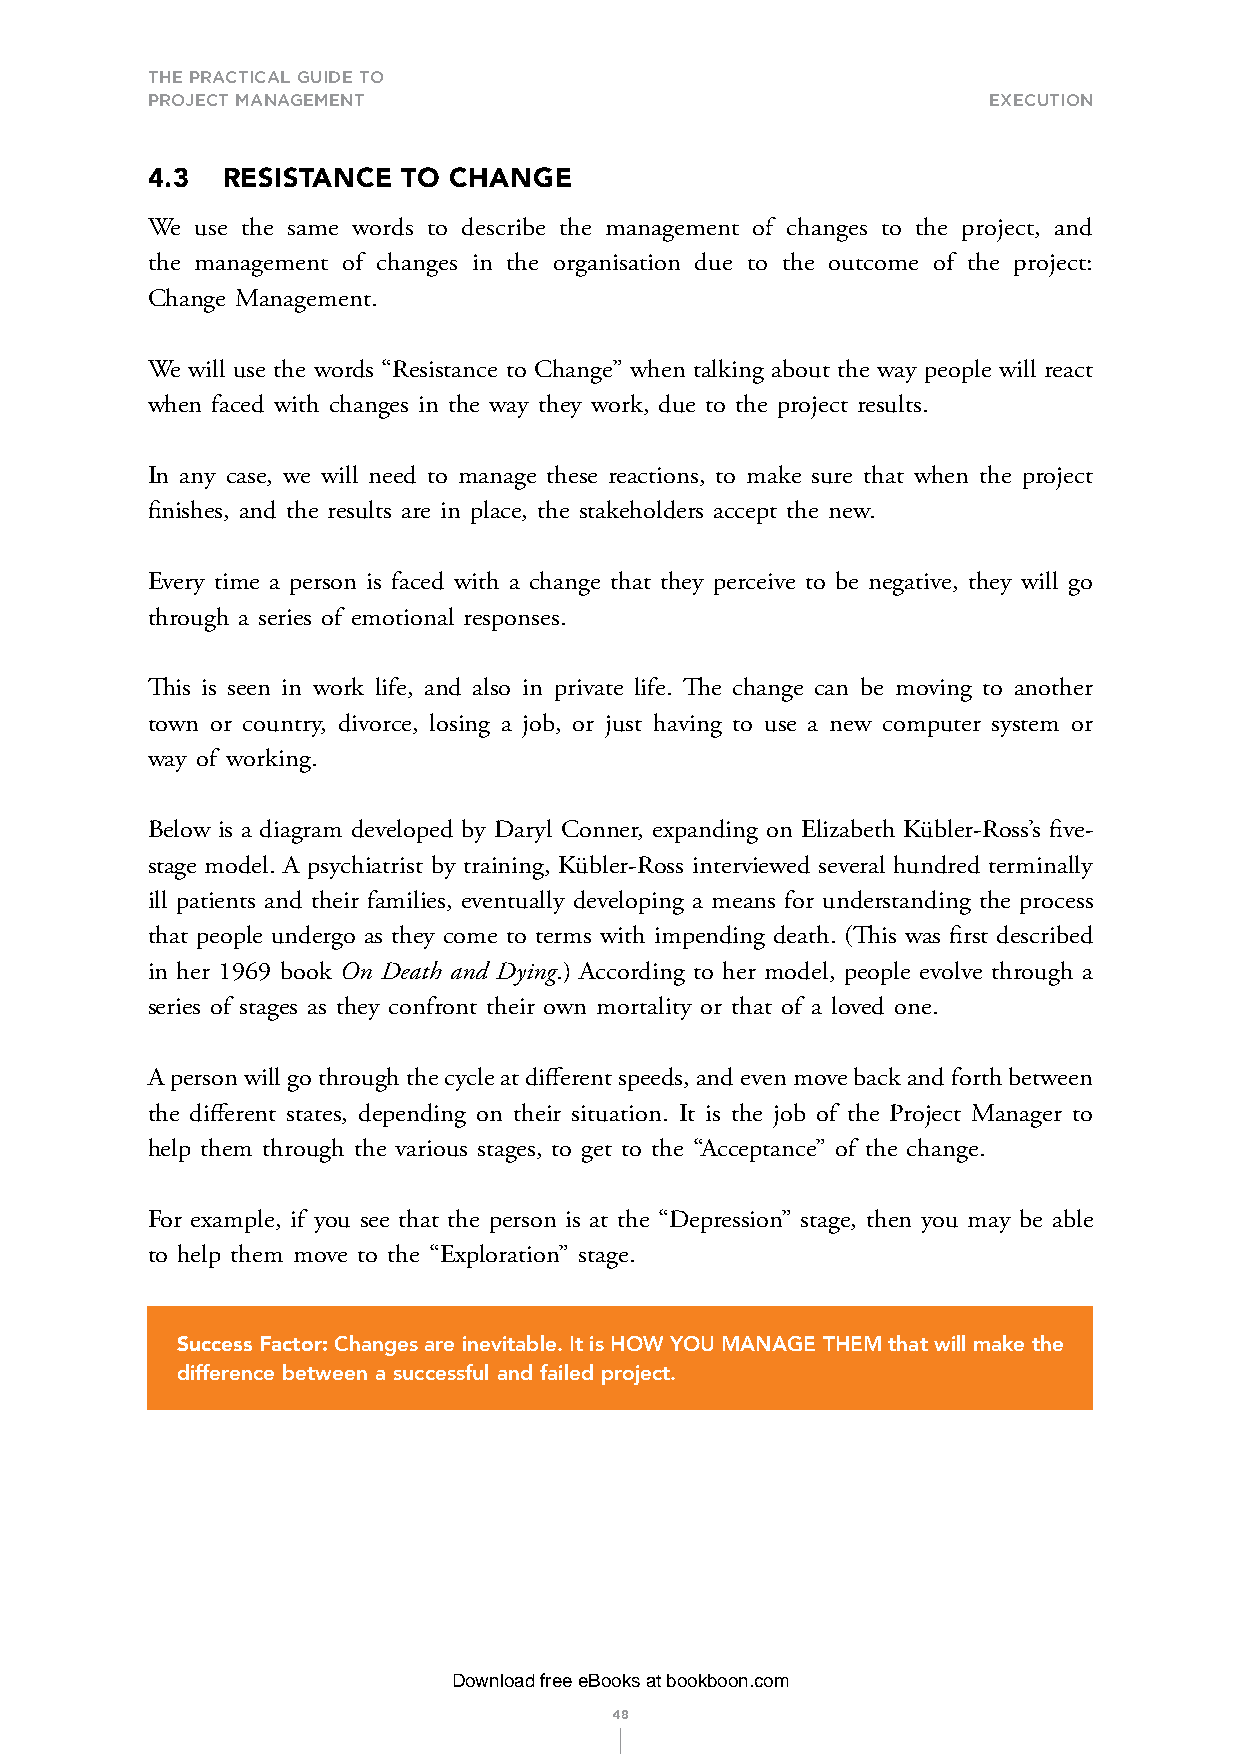
THE PRACTICAL GUIDE TO
 PROJECT MANAGEMENT                                     exeCutIon
 4.3  RESISTANCE  TO CHANGE
 We use the same words to describe the management of changes to the project, and
 the management of changes in the organisation due to the outcome of the project:
 Change Management.
 We will use the words “Resistance to Change” when talking about the way people will react
 when faced with changes in the way they work, due to the project results.
 In any case, we will need to manage these reactions, to make sure that when the project
 finishes, and the results are in place, the stakeholders accept the new.
 Every time a person is faced with a change that they perceive to be negative, they will go
 through a series of emotional responses.
 This is seen in work life, and also in private life. The change can be moving to another
 town or country, divorce, losing a job, or just having to use a new computer system or
 way of working.
 Below is a diagram developed by Daryl Conner, expanding on Elizabeth Kübler-Ross’s five-
 stage model. A psychiatrist by training, Kübler-Ross interviewed several hundred terminally
 ill patients and their families, eventually developing a means for understanding the process
 that people undergo as they come to terms with impending death. (This was first described
 in her 1969 book On Death and Dying.) According to her model, people evolve through a
 series of stages as they confront their own mortality or that of a loved one.
 A person will go through the cycle at different speeds, and even move back and forth between
 the different states, depending on their situation. It is the job of the Project Manager to
 help them through the various stages, to get to the “Acceptance” of the change.
 For example, if you see that the person is at the “Depression” stage, then you may be able
 to help them move to the “Exploration” stage.
 Success Factor: Changes are inevitable. It is HOW YOU MANAGE THEM that will make the
 difference between a successful and failed project.
 Download free eBooks at bookboon.com
 48